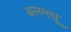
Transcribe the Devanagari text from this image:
बसमधू